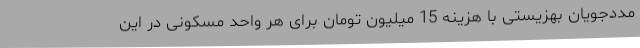
مددجویان بهزیستی با هزینه 15 میلیون تومان برای هر واحد مسکونی در این